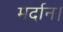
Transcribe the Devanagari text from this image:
मर्दान।